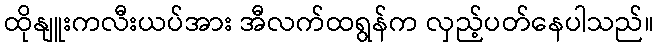
ထိုနျူးကလီးယပ်အား အီလက်ထရွန်က လှည့်ပတ်နေပါသည်။